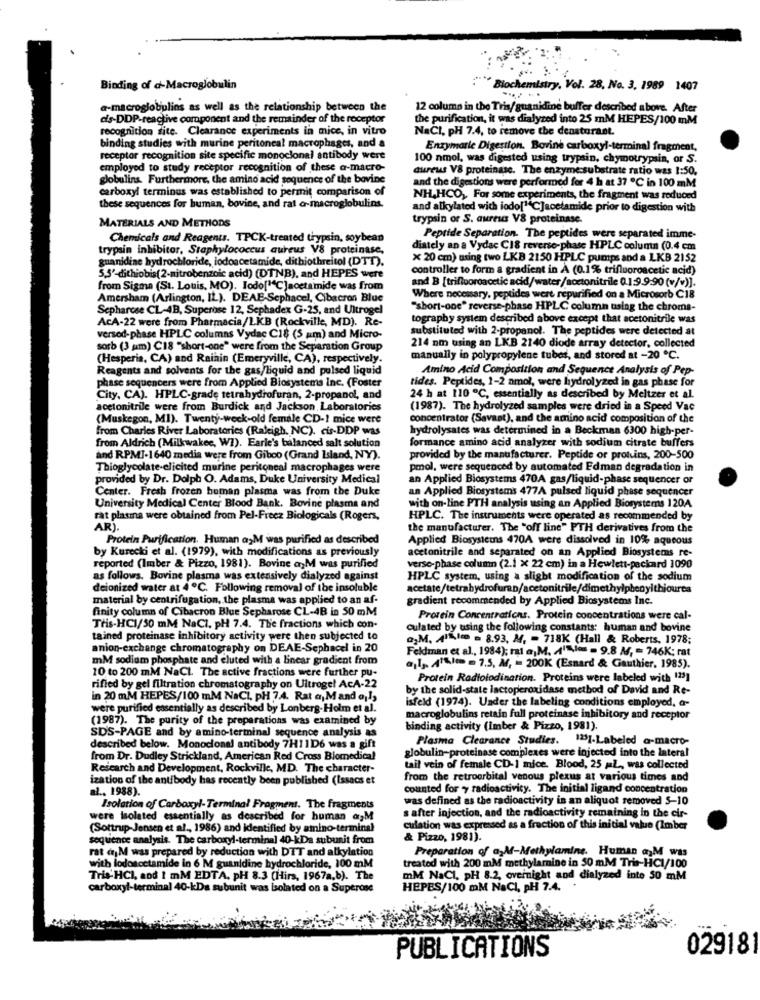
Binding of d-Macroglobulin
Biochemistry, Vol. 28, No. 3. 1989 1407
a-microglobulins as well as the relationship between the
12 column in the Tris/guanidine buffer described above. After
dis-DDP-reactive component and the remainder of the receptor
the purification, it was dialyzed into 25 mM HEPES/100 mM
recognition fite. Clearance experiments in mice, in vitro
NaCI, pH 7.4, to remove the denaturant.
binding studies with murine peritoneal macrophages, and a
Enzymarle Digestion. Bovine carboxyl-terminal fragment,
receptor recognition site specific monoclonal antibody were
100 nmol, was digested using trypsin, chymotrypsin, or S.
employed to study receptor recognition of these a-macro-
aureus V8 proteinase. The enzyme substrate ratio was 1:50.
globulins. Furthermore, the amino acid sequence of the bovine
and the digestions were performed for 4 h at 37 ℃ in 100 mM
carboxyl terminus was established to permit comparison of
NH,HCO ,, For some experiments, the fragment was reduced
these sequences for human, bovine, and rat a-macroglobulins.
and alkylated with iodo["C]acetamide prior to digestion with
MATERIALS AND METHODS
trypsin or S. aureus V8 proteinase.
Chemicals and Reagents. TPCK-treated trypsin, soybean
Peptide Separation. The peptides were separated imme-
trypsin inhibitor, Staphylococcus aureus V8 proteinase,
diately an a Vydac C18 reverse-phase HPLC column (0.4 cm
guanidine hydrochloride, iodoacetamide, dithiothreitol (DTT).
x 20 cm) using two LKB 2150 HPLC pumps and a LKB 2152
controller to form a gradient in A (0.1% trifluoroacetic acid)
5,5'-dithiobis(2-nitrobenzoic acid) (DTNB), and HEPES were
and B [trifluoroacetic acid/water/acetonitrile 0.1:9.9:90 (v/v)].
from Sigma (St. Louis, MO). Iodo[1C]acetamide was from
Amersham (Arlington, IL). DEAE-Sephacel, Cibacron Blue
Where necessary, peptides wert repurified on a Microsorb C18
Sepharcse CL-4B, Superose 12, Sephadex G-25, and Ultrogel
"short-one" reverse-phase HPLC column using the chroma-
AcA-22 were from Pharmacia/LKB (Rockville, MD). Re-
tography system described above except that acetonitrile was
substituted with 2-propanol. The peptides were detected at
versod-phase HPLC columns Vydac C18 (5 um) and Micro-
sorb (3 pm) C18 "short-one" were from the Separation Group
214 nm using an LKB 2140 diode array detector, collected
(Hesperia, CA) and Rainin (Emeryville, CA), respectively.
manually in polypropylene tubes, and stored at -20 ℃.
Reagents and solvents for the gas/liquid and pulsed liquid
Amino Acid Composition and Sequence Analysis of Pep-
phase sequencers were from Applied Biosystems Inc. (Foster
tides. Peptides, 1-2 amol, were hydrolyzed in gas phase for
City, CA). HPLC-grade tetrahydrofuran, 2-propanol, and
24 h at 110 ℃, essentially as described by Meltzer et al.
acetonitrile were from Burdick and Jackson Laboratories
(1987). The hydrolyzed samples were dried in a Speed Vac
(Muskegon, MI). Twenty-week-old female CD-1 mice werd
concentrator (Savaat), and the amino acid composition of the
from Charles River Laboratories (Raleigh, NC). cis-DDP was
hydrolysates was determined in a Beckman 6300 high-per-
formance amino acid analyzer with sodium citrate buffers
from Aldrich (Milkwakee, W7). Earle's balanced salt solution
and R.PMI-1640 media were from Giboo (Grand Island, NY).
provided by the manufacturer. Peptide or proteins, 200-500
Thioglycolate-elicited murine peritoneal macrophages were
pmol, were sequenced by automated Edman degradation in
provided by Dr. Dolph O. Adams, Duke University Medical
an Applied Biosystems 470A gas/liquid-phase sequencer or
Center. Fresh frozen human plasma was from the Duke
an Applied Biosystems 477A pulsed liquid phase sequencer
University Medical Center Blood Bank. Bovine plasma and
with on-line PTH analysis using an Applied Biosystems 120A
rat plasma were obtained from Pel-Freez Biologicals (Rogers,
HPLC. The instruments were operated as recommended by
ARI.
the manufacturer. The "off line" PTH derivatives from the
Protein Purification. Human a>M was purified as described
Applied Biosystems 470A were dissolved in 10% aqueous
by Kurecki et al. (1979), with modifications as previously
acetonitrile and separated on an Applied Biosystems re-
reported (Imber & Pizzo, 1981). Bovine a,M was purified
verse-phase column (2.1 x 22 cm) in a Hewlett-packard 1090
as follows. Bovine plasma was extensively dialyzed against
HPLC system, using a slight modification of the sodium
deionized water at 4℃. Following removal of the insoluble
material by centrifugation, the plasma was applied to an af-
gradient recommended by Applied Biosystems Inc.
finity column of Cibacron Blue Sepharose CL-4B in 50 mM
Protein Concentrations, Protein concentrations were cal-
Tris-HCI/50 mM NaCl. pH 7.4. The fractions which con-
culated by using the following constants: human and bovine
tained proteinase inhibitory activity were then subjected to
"M. Alle = 8.93. M. - 718K (Hall & Roberts, 1978;
anion-exchange chromatography on DEAE-Sephacel in 20
Feldman et al ., 1984); rt a.M. A'N= = 9.8 M, = 746K; rat
mM sodium phosphate and eluted with a linear gradient from
10 to 200 mM NaCl. The active fractions were further pu-
13. At&lem = 7.5, M, - 200K (Esnard & Gauthier. 1985).
Protein Radioiodination. Proteins were labeled with 123]
rified by gel filtration chromatography on Ultrogel AcA-22
by the solid-state lactoperoxidase method of David and Re-
in 20 mM HEPES/100 mM NaCl, pH 7.4. Rat a, Mand als
isfeld (1974). Under the labeling conditions employed, a-
were purified essentially as described by Lonberg-Holm et al.
(1987). The purity of the preparations was examined by
macroglobulins retain full proteinase inhibitory and receptor
SDS-PAGE and by amino-terminal sequence analysis as
binding activity (Imber & Pizzo, 1981).
Plasma Clearance Studies.
1251-Labeled a-macro-
described below. Monoclonal antibody 7H11D6 was a gift
globulin-proteinase complexes were injected into the lateral
from Dr. Dudley Strickland, American Red Cross Biomedical
Research and Development, Rockville, MD. The character-
tail vein of female CD-1 mice. Blood, 25 ML, was collected
ization of the antibody has recently been published (Issacs et
from the retroorbital venous plexus at various times and
al ., 1988).
Counted for y radioactivity. The initial ligand concentration
was defined as the radioactivity is an aliquot removed 5-10
Isolation of Carboxyl-Terminal Fragment. The fragments
s after injection, and the radioactivity remaining in the cir-
were isolated essentially as described for human agM
(Sottrup-Jensen et al ., 1986) and identified by amino-terminal
culation was expressed as a fraction of this initial value (Imber
sequence analysis. The carboxyl-terminal 40-kDa subunit from
& Pizzo, 1981).
rat djM was prepared by reduction with DTT and alkylation
Preparation of a,M-Methylamine. Human a M was
treated with 200 mM methylamine in 50 mM Tris-HC1/100
with lodoacetamide in 6 M guanidine hydrochloride, 100 mM
Tris-HCI, and 1 mM EDTA. pH 8.3 (Hirs, 1967a.b). The
mM NaCl, pH 8.2, overnight and dialyzed inte 50 mM
carboxyl-terminal 40-kDa subunit was isolated on a Superose
HEPES/100 mM NaCI, PH 7.4.
029181
PUBLICATIONS